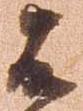
不